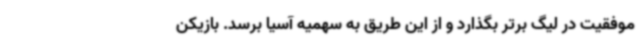
موفقیت در لیگ برتر بگذارد و از این طریق به سهمیه آسیا برسد. بازیکن